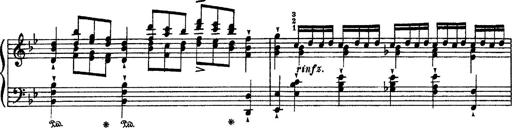
Title: Sarabande und Chaconne aus dem Singspiel
Composer: Franz Liszt